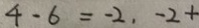
4 - 6 = - 2 , - 2 +